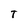
Character: T